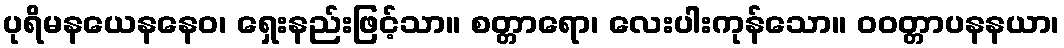
ပုရိမနယေနနေဝ၊ ရှေးနည်းဖြင့်သာ။ စတ္တာရော၊ လေးပါးကုန်သော။ ဝဝတ္တာပနနယာ၊